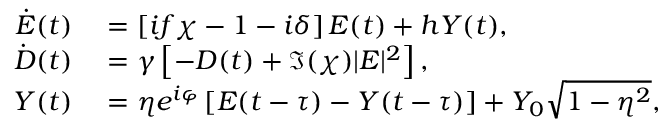
\begin{array} { r l } { \dot { E } ( t ) } & { { } = \left[ i f \chi - 1 - i \delta \right] E ( t ) + h Y ( t ) , } \\ { \dot { D } ( t ) } & { { } = \gamma \left[ - D ( t ) + \Im ( \chi ) | E | ^ { 2 } \right] , } \\ { Y ( t ) } & { { } = \eta e ^ { i \varphi } \left[ E ( t - \tau ) - Y ( t - \tau ) \right] + Y _ { 0 } \sqrt { 1 - \eta ^ { 2 } } , } \end{array}